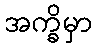
အက္ခိမှာ